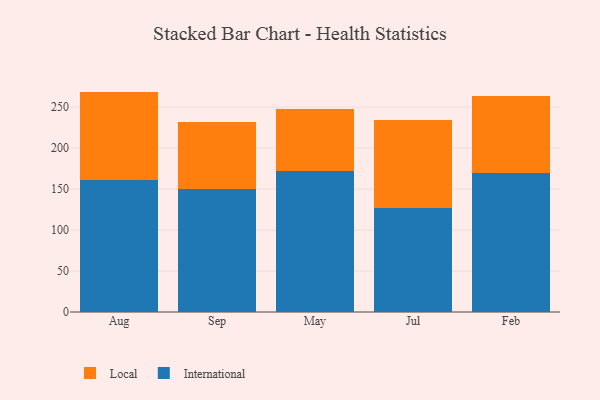
{"axis": {"x": "Month", "y": "LTV (USD)"}, "legend": ["International", "Local"], "data": [{"x": "Aug", "y": 160.7, "type": "International"}, {"x": "Aug", "y": 108.2, "type": "Local"}, {"x": "Sep", "y": 150.5, "type": "International"}, {"x": "Sep", "y": 81.8, "type": "Local"}, {"x": "May", "y": 171.9, "type": "International"}, {"x": "May", "y": 76.2, "type": "Local"}, {"x": "Jul", "y": 126.7, "type": "International"}, {"x": "Jul", "y": 107.5, "type": "Local"}, {"x": "Feb", "y": 169.8, "type": "International"}, {"x": "Feb", "y": 94.0, "type": "Local"}]}